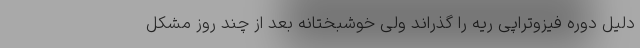
دلیل دوره فیزوتراپی ریه را گذراند ولی خوشبختانه بعد از چند روز مشکل